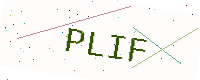
Text: PLIF